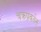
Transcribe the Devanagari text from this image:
चक्रप्रवर्तन